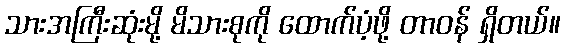
သားအကြီးဆုံးမို့ မိသားစုကို ထောက်ပံ့ဖို့ တာဝန် ရှိတယ်။